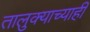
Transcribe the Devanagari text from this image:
तालुक्याच्याही